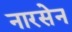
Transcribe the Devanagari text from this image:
नारसेन